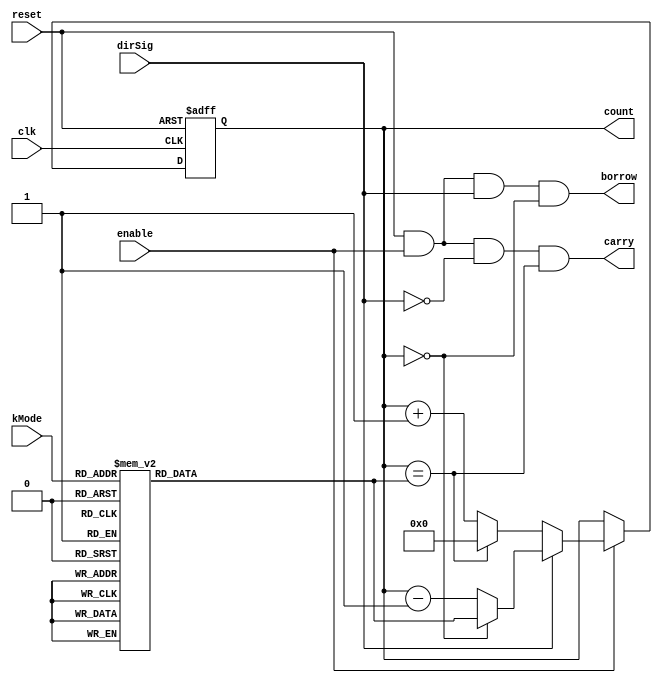
module DLF(
    input clk,
    input reset,
    input dirSig,
    input enable,
    input [3:0] kMode,
    output carry,
    output borrow,
    // For debug
    output reg [19:0] count
    );

    //reg [19:0]count;
    reg [19:0]kTop;

    always @(kMode) begin
        case(kMode)
            4'b0001:kTop<=7;
            4'b0010:kTop<=15;
            4'b0011:kTop<=31;
            4'b0100:kTop<=63;
            4'b0101:kTop<=127;
            4'b0110:kTop<=255;
            4'b0111:kTop<=511;
            4'b1000:kTop<=1023;
            4'b1001:kTop<=2047;
            4'b1010:kTop<=4095;
            4'b1011:kTop<=8191;
            4'b1100:kTop<=16383;
            4'd1101:kTop<=32767;
            4'd1110:kTop<=65535;
            4'd1111:kTop<=131072;
            default:kTop<=7;
        endcase
    end
    always @(posedge clk, negedge reset) begin
        if(!reset) 
            count <= 0;
        else if(enable) begin
            if(!dirSig) begin
                if(count == kTop)
                    count <= 0;
                else
                    count <= count + 1;
            end
            else begin
                if(count == 0)
                    count <= kTop;
                else
                    count <= count - 1;
            end
        end
    end
    assign carry = reset & enable & (!dirSig) & (count == kTop);
    assign borrow = reset & enable & dirSig & (count == 0);
endmodule